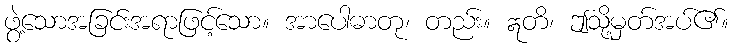
ဖွဲ့သောအခြင်းအရာဖြင့်သော။ အာပေါဓာတု၊ တည်း။ ဣတိ၊ ဤသို့မှတ်အပ်၏။